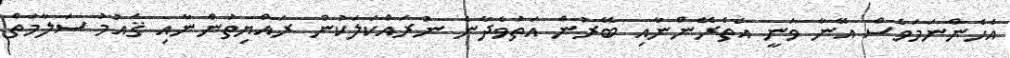
އެހެންނަމަވެސް އޭނާ ވަނީ އެތެރޭންނާއި ބޭރުން އަތުވެދާނެ ނުރައްކަލަކުން ރައްޔިތުންނާއި ޤައުމު ސަލާމަތް